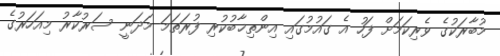
މުބާރަކުގެ ވެރިކަމަށް ފަހު އެ ގައުމުގައި އިންތިޚާބުކުރި ފުރަތަމަ މަދަނީ ސަރުކާރު މިއަހަރުގެ